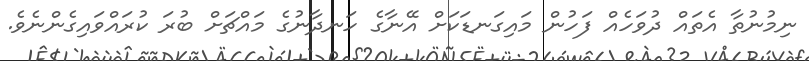
ނިމުނުތާ އެތައް ދުވަހެއް ފަހުން މައިގަނޑަކަށް އޭނާގެ ހަނދާނުގެ މައްޗަށް ބުރަ ކުރައްވައިގެންނެވެ.